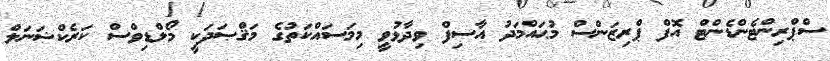
ސްޕްރިންޓެންޑެންޓް އޮފް ޕްރިޒަންސް މުޙައްމަދު އާސިފް ވިދާޅުވީ މިމަސައްކަތުގެ މަޤްޞަދަކީ މޯލްޑިވްސް ކަރެކްޝަނަލް